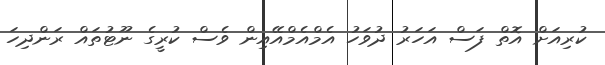
ކުރިއަށް އޮތް ފަސް އަހަރު ދުވަހު އެމްއެމްއޭއިން ވެސް ކުރީގެ ނޫޓުތައް ރަންދިހަ